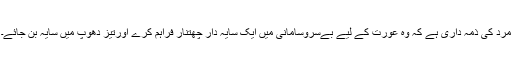
مرد کی ذمہ داری ہے کہ وہ عورت کے لیے بےسروسامانی میں ایک سایہ دار چھتنار فراہم کرے اورتیز دھوپ میں سایہ بن جائے۔